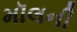
મૉલની